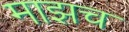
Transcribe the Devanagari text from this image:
माझच